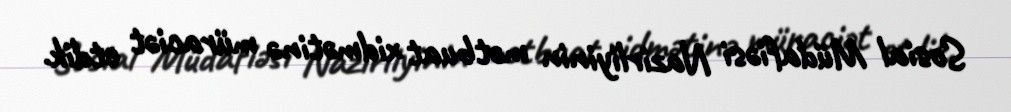
Sosial Müdafiəsi Nazirliyinin mətbuat xidmətinə müraciət etdik.